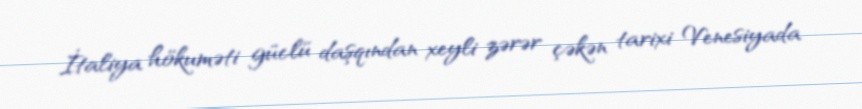
İtaliya hökuməti güclü daşqından xeyli zərər çəkən tarixi Venesiyada